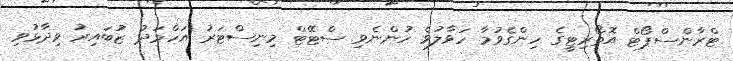
ޓްރާންސްޕޯޓް އޮތޯރިޓީގެ ހިންގެވުމާ ހަވާލުވެ ހުންނެވި ސްޓޭޓް މިނިސްޓަރު އަހްމަދު ޒުބައިރު ވިދާޅުވި